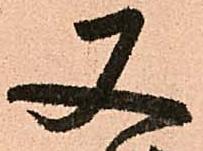
又